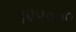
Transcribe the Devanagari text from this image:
१२४०००